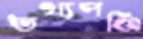
তথ্যপঞ্জি